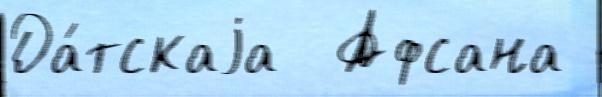
Да́тскаjа  Афсана